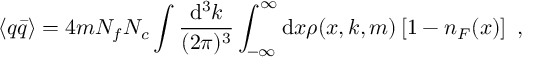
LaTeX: \langle q \bar { q } \rangle = 4 m N _ { f } N _ { c } \int \frac { \mathrm { d } ^ { 3 } k } { ( 2 \pi ) ^ { 3 } } \int _ { - \infty } ^ { \infty } \mathrm { d } x \rho ( x , k , m ) \left[ 1 - n _ { F } ( x ) \right] \ ,